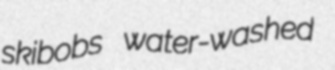
skibobs water-washed